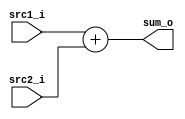
module Adder( src1_i, src2_i, sum_o	);

//I/O ports
input	[32-1:0] src1_i;
input	[32-1:0] src2_i;
output	[32-1:0] sum_o;

//Internal Signals
wire	[32-1:0] sum_o;
    
//Main function
assign sum_o = src1_i + src2_i;


endmodule